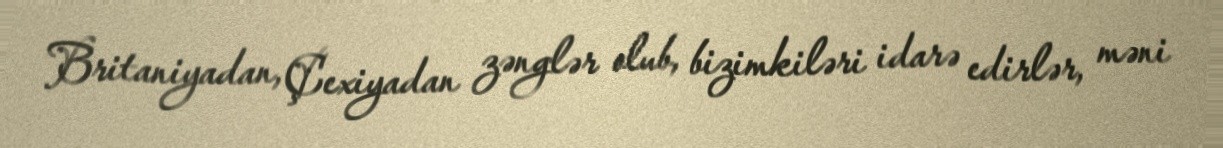
Britaniyadan, Çexiyadan zənglər olub, bizimkiləri idarə edirlər, məni